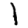
Digit: 1